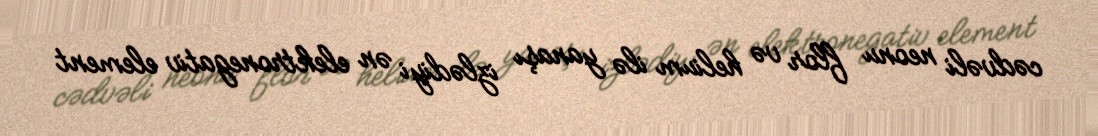
cədvəli neonu flor və helium ilə yanaşı izlədiyi ən elektronegativ element